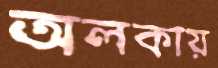
অলকায়